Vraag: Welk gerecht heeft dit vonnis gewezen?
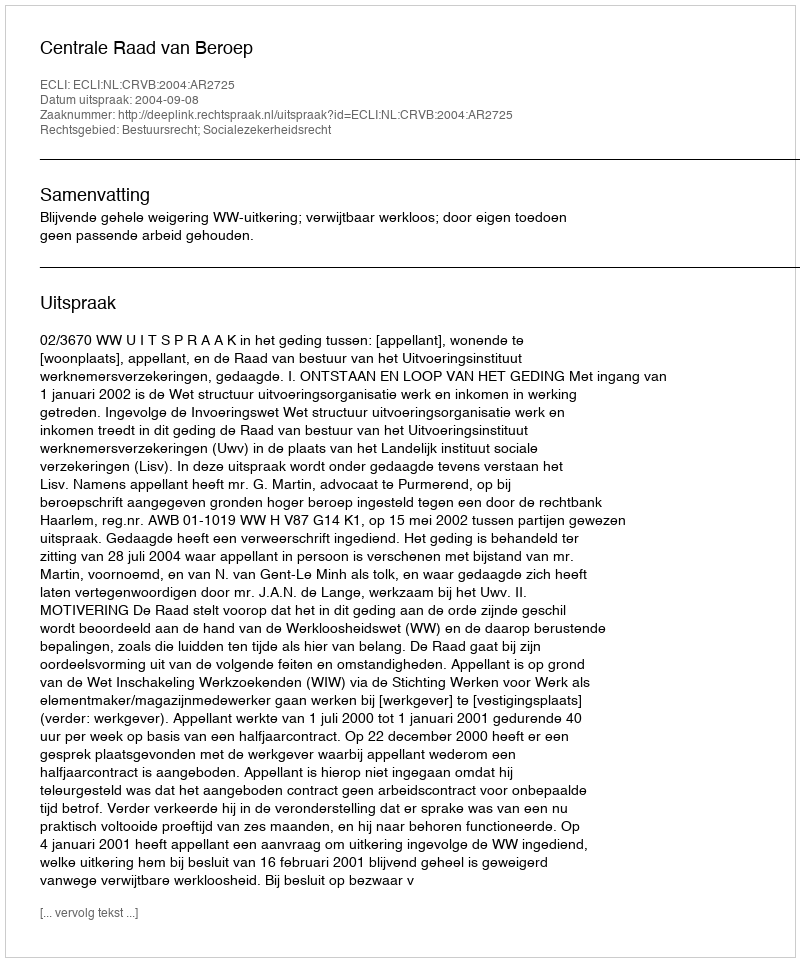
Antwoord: Centrale Raad van Beroep